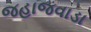
જહાજવાડા